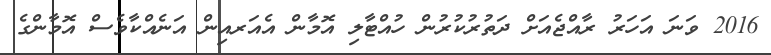
2016 ވަނަ އަހަރު ރާއްޖެއަށް ދަތުރުކުރުން ހުއްޓާލި އޮމާން އެއަރއިން އަނެއްކާވެސް އޮމާންގެ